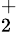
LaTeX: ^{+}_{2}